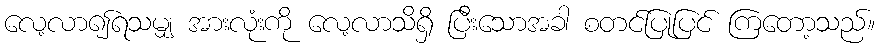
လေ့လာ၍ရသမျှ အားလုံးကို လေ့လာသိရှိ ပြီးသောအခါ စတင်ပြုပြင် ကြတော့သည်။